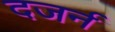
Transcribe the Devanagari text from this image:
दजर्न